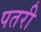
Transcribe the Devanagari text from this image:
पतरी